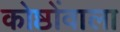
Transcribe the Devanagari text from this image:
कोष्ठोंवाला